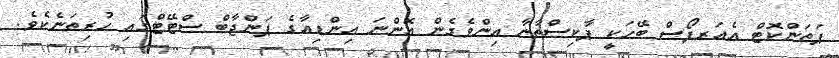
ޕަތަންކޮޓް އެއަރފޯސް ބޭހަކީ ޕާކިސްތާނާ އިންވެގެން އޮންނަ އިންޑިއާގެ ޕަންޖާބް ސްޓޭޓްގައި ހުރިތަނެކެވެ.